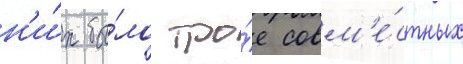
н'и́х бы́ло тро́е совм'е́стных